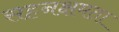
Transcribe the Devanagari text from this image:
सहनक्षमता